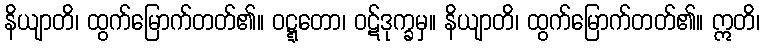
နိယျာတိ၊ ထွက်မြောက်တတ်၏။ ဝဋ္ဋတော၊ ဝဋ်ဒုက္ခမှ။ နိယျာတိ၊ ထွက်မြောက်တတ်၏။ ဣတိ၊